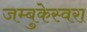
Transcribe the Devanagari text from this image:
जम्बुकेस्वरा